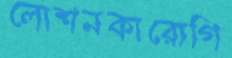
লোশনকারোগি